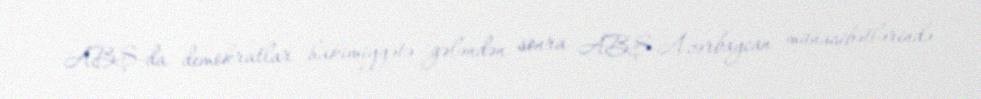
ABŞ-da demokratlar hakimiyyətə gələndən sonra ABŞ-Azərbaycan münasibətlərində